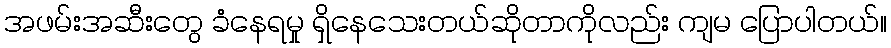
အဖမ်းအဆီးတွေ ခံနေရမှု ရှိနေသေးတယ်ဆိုတာကိုလည်း ကျမ ပြောပါတယ်။